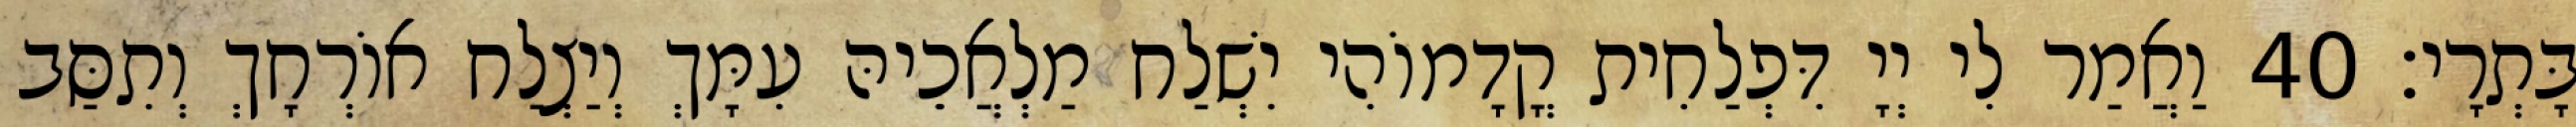
בָּתְרָי׃ 40 וַאֲמַר לִי יְיָ דִּפְלַחִית קֳדָמוֹהִי יִשְׁלַח מַלְאֲכֵיהּ עִמָּךְ וְיַצְלַח אוֹרְחָךְ וְתִסַּב